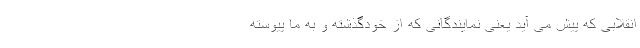
انقلابی که پیش می آید یعنی نمایندگانی که از خودگذشته و به ما پیوسته